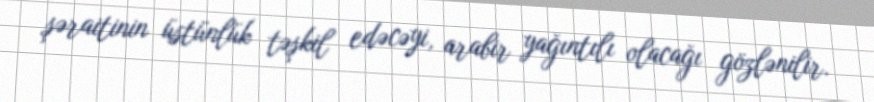
şəraitinin üstünlük təşkil edəcəyi, arabir yağıntılı olacağı gözlənilir.